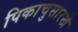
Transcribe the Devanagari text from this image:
पिकाचुसारखे